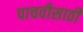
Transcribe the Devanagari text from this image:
पाचवीसाठी